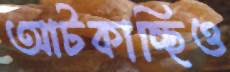
আটকাচ্ছিও